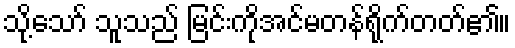
သို့သော် သူသည် မြင်းကိုအင်မတန်ရိုက်တတ်၏။